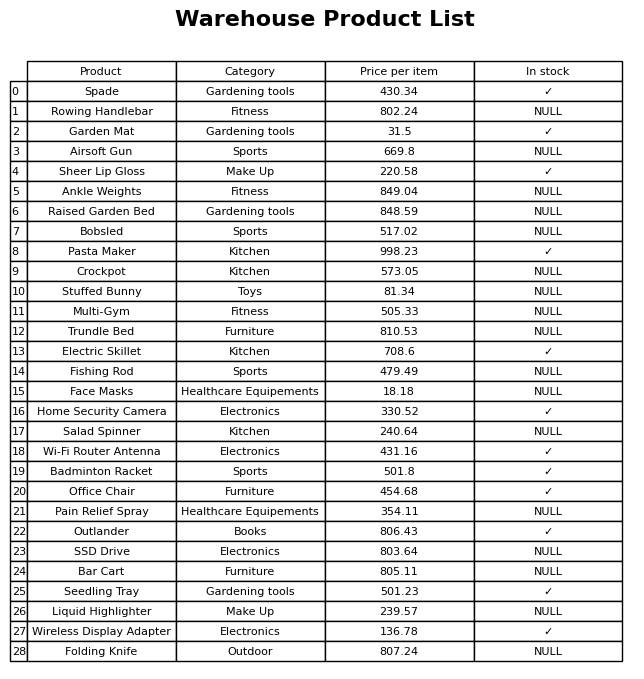
question: What is the price of the Electric Skillet?
answer: The price of Electric Skillet is 708.6.